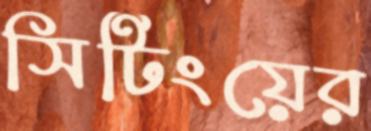
সিটিংয়ের